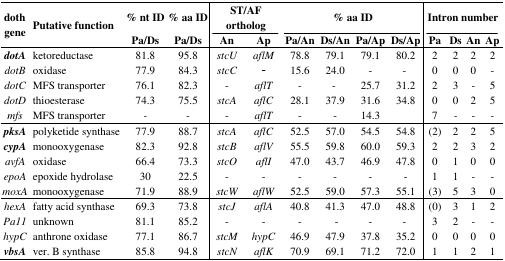
<table><thead><tr><td rowspan="2"><b>doth gene</b></td><td rowspan="2"><b>Putative function </b></td><td><b>% nt ID</b></td><td><b>% aa ID</b></td><td colspan="2"><b>ST/AF ortholog</b></td><td colspan="4"><b>% aa ID</b></td><td colspan="4"><b>Intron number</b></td></tr><tr><td><b>Pa/Ds</b></td><td><b>Pa/Ds</b></td><td><b>An</b></td><td><b>Ap</b></td><td><b>Pa/An</b></td><td><b>Ds/An</b></td><td><b>Pa/Ap</b></td><td><b>Ds/Ap</b></td><td><b>Pa</b></td><td><b>Ds</b></td><td><b>An</b></td><td><b>Ap</b></td></tr></thead><tbody><tr><td><b><i>dotA</i></b></td><td>ketoreductase</td><td>81.8</td><td>95.8</td><td><i>stcU</i></td><td><i>aflM</i></td><td>78.8</td><td>79.1</td><td>79.1</td><td>80.2</td><td>2</td><td>2</td><td>2</td><td>2</td></tr><tr><td><i>dotB</i></td><td>oxidase</td><td>77.9</td><td>84.3</td><td><i>stcC</i></td><td><i>-</i></td><td>15.6</td><td>24.0</td><td>-</td><td>- </td><td>0</td><td>0</td><td>0</td><td>-</td></tr><tr><td><i>dotC</i></td><td>MFS transporter</td><td>76.1</td><td>82.3</td><td>-</td><td><i>aflT</i></td><td>-</td><td>- </td><td>25.7</td><td>31.2</td><td>2</td><td>3</td><td>-</td><td>5</td></tr><tr><td><i>dotD</i></td><td>thioesterase</td><td>74.3</td><td>75.5</td><td><i>stcA</i></td><td><i>aflC</i></td><td>28.1</td><td>37.9</td><td>31.6</td><td>34.8</td><td>0</td><td>0</td><td>2</td><td>5</td></tr><tr><td><i>mfs</i></td><td>MFS transporter</td><td><i>-</i></td><td><i>-</i></td><td>-</td><td><i>aflT</i></td><td>-</td><td>-</td><td>14.3</td><td></td><td>7</td><td><i>-</i></td><td>-</td><td><i>-</i></td></tr><tr><td><b><i>pksA</i></b></td><td>polyketide synthase</td><td>77.9</td><td>88.7</td><td><i>stcA</i></td><td><i>aflC</i></td><td>52.5</td><td>57.0</td><td>54.5</td><td>54.8</td><td>(2)</td><td>2</td><td>2</td><td>5</td></tr><tr><td><b><i>cypA</i></b></td><td>monooxygenase</td><td>82.3</td><td>92.8</td><td><i>stcB</i></td><td><i>aflV</i></td><td>55.5</td><td>59.8</td><td>60.0</td><td>59.3</td><td>2</td><td>2</td><td>3</td><td>2</td></tr><tr><td><i>avfA</i></td><td>oxidase</td><td>66.4</td><td>73.3</td><td><i>stcO</i></td><td><i>aflI</i></td><td>47.0</td><td>43.7</td><td>46.9</td><td>47.8</td><td>0</td><td>1</td><td>0</td><td>0</td></tr><tr><td><i>epoA</i></td><td>epoxide hydrolase</td><td>30</td><td>22.5</td><td>-</td><td>-</td><td>-</td><td>-</td><td>-</td><td>-</td><td>1</td><td>1</td><td>-</td><td>-</td></tr><tr><td><i>moxA</i></td><td>monooxygenase</td><td>71.9</td><td>88.9</td><td><i>stcW</i></td><td><i>aflW</i></td><td>52.5</td><td>59.0</td><td>57.3</td><td>55.1</td><td>(3)</td><td>5</td><td>3</td><td>0</td></tr><tr><td><i>hexA</i></td><td>fatty acid synthase</td><td>69.3</td><td>73.8</td><td><i>stcJ</i></td><td><i>aflA</i></td><td>40.8</td><td>41.3</td><td>47.0</td><td>48.8</td><td>(0)</td><td>3</td><td>1</td><td>2</td></tr><tr><td><i>Pa11</i></td><td>unknown</td><td>81.1</td><td>85.2</td><td>-</td><td>-</td><td>-</td><td> -</td><td>-</td><td>- </td><td>3</td><td>2</td><td>-</td><td>-</td></tr><tr><td><i>hypC</i></td><td>anthrone oxidase</td><td>77.1</td><td>86.7</td><td><i>stcM</i></td><td><i>hypC</i></td><td>46.9</td><td>47.9</td><td>37.8</td><td>35.2</td><td>0</td><td>0</td><td>0</td><td>0</td></tr><tr><td><b><i>vbsA</i></b></td><td>ver. B synthase</td><td>85.8</td><td>94.8</td><td><i>stcN</i></td><td><i>aflK</i></td><td>70.9</td><td>69.1</td><td>71.2</td><td>72.0</td><td>1</td><td>1</td><td>2</td><td>1</td></tr></tbody></table>